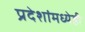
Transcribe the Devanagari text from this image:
प्रदेशांमध्येही